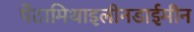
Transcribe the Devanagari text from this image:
पेंटामिथाइलीनडाईमीन